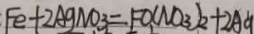
F e + 2 A g N O _ { 3 } = F O ( N O _ { 3 } ) _ { 2 } + 2 A g